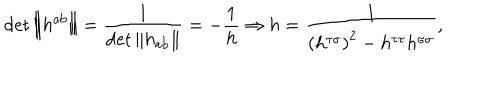
\det \left\| h ^ { \mathrm { a b } } \right\| = \frac 1 { \det \left\| h _ { \mathrm { a b } } \right\| } = - \frac 1 h \Rightarrow h = \frac 1 { \left( h ^ { \tau \sigma } \right) ^ { 2 } - h ^ { \tau \tau } h ^ { \sigma \sigma } } ,